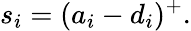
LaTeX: s_{i}=(a_{i}-d_{i})^{+}.